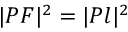
| P F | ^ { 2 } = | P l | ^ { 2 }